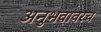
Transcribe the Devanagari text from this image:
अनुभवावरच